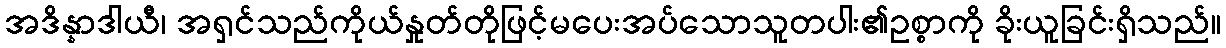
အဒိန္နာဒါယီ၊ အရှင်သည်ကိုယ်နှုတ်တိုဖြင့်မပေးအပ်သောသူတပါး၏ဥစ္စာကို ခိုးယူခြင်းရှိသည်။